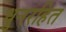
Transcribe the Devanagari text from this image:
धुनरहित